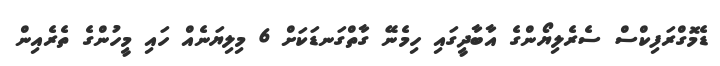
ޑެމޮގްރަފިކްސް ސެރެލިޔޯންގެ އާބާދީގައި ހިމެނޭ ގާތްގަނޑަކަށް 6 މިލިޔަނެއް ހައި މީހުންގެ ތެރެއިން